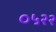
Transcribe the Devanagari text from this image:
०५२२